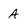
Character: A